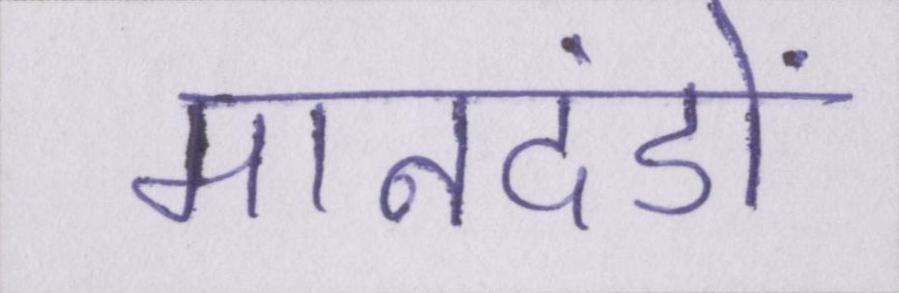
मानदंडों